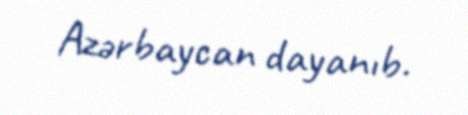
Azərbaycan dayanıb.